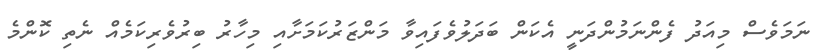
ނަމަވެސް މިއަދު ފެންނަމުންދަނީ އެކަން ބަދަލުވެފައިވާ މަންޒަރުކަމަށާއި މިހާރު ބިރުވެރިކަމެއް ނެތި ކޮންމެ